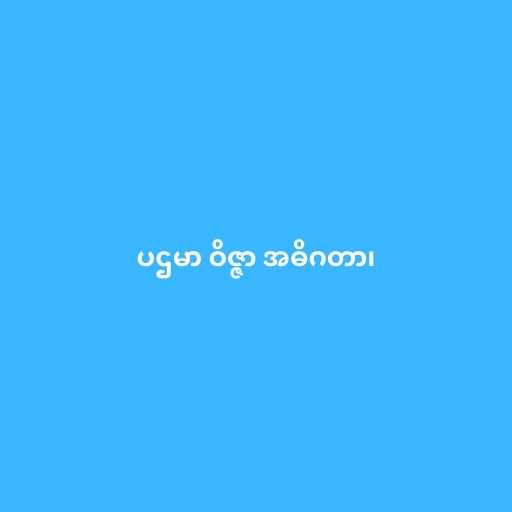
ပဌမာ ဝိဇ္ဇာ အဓိဂတာ၊